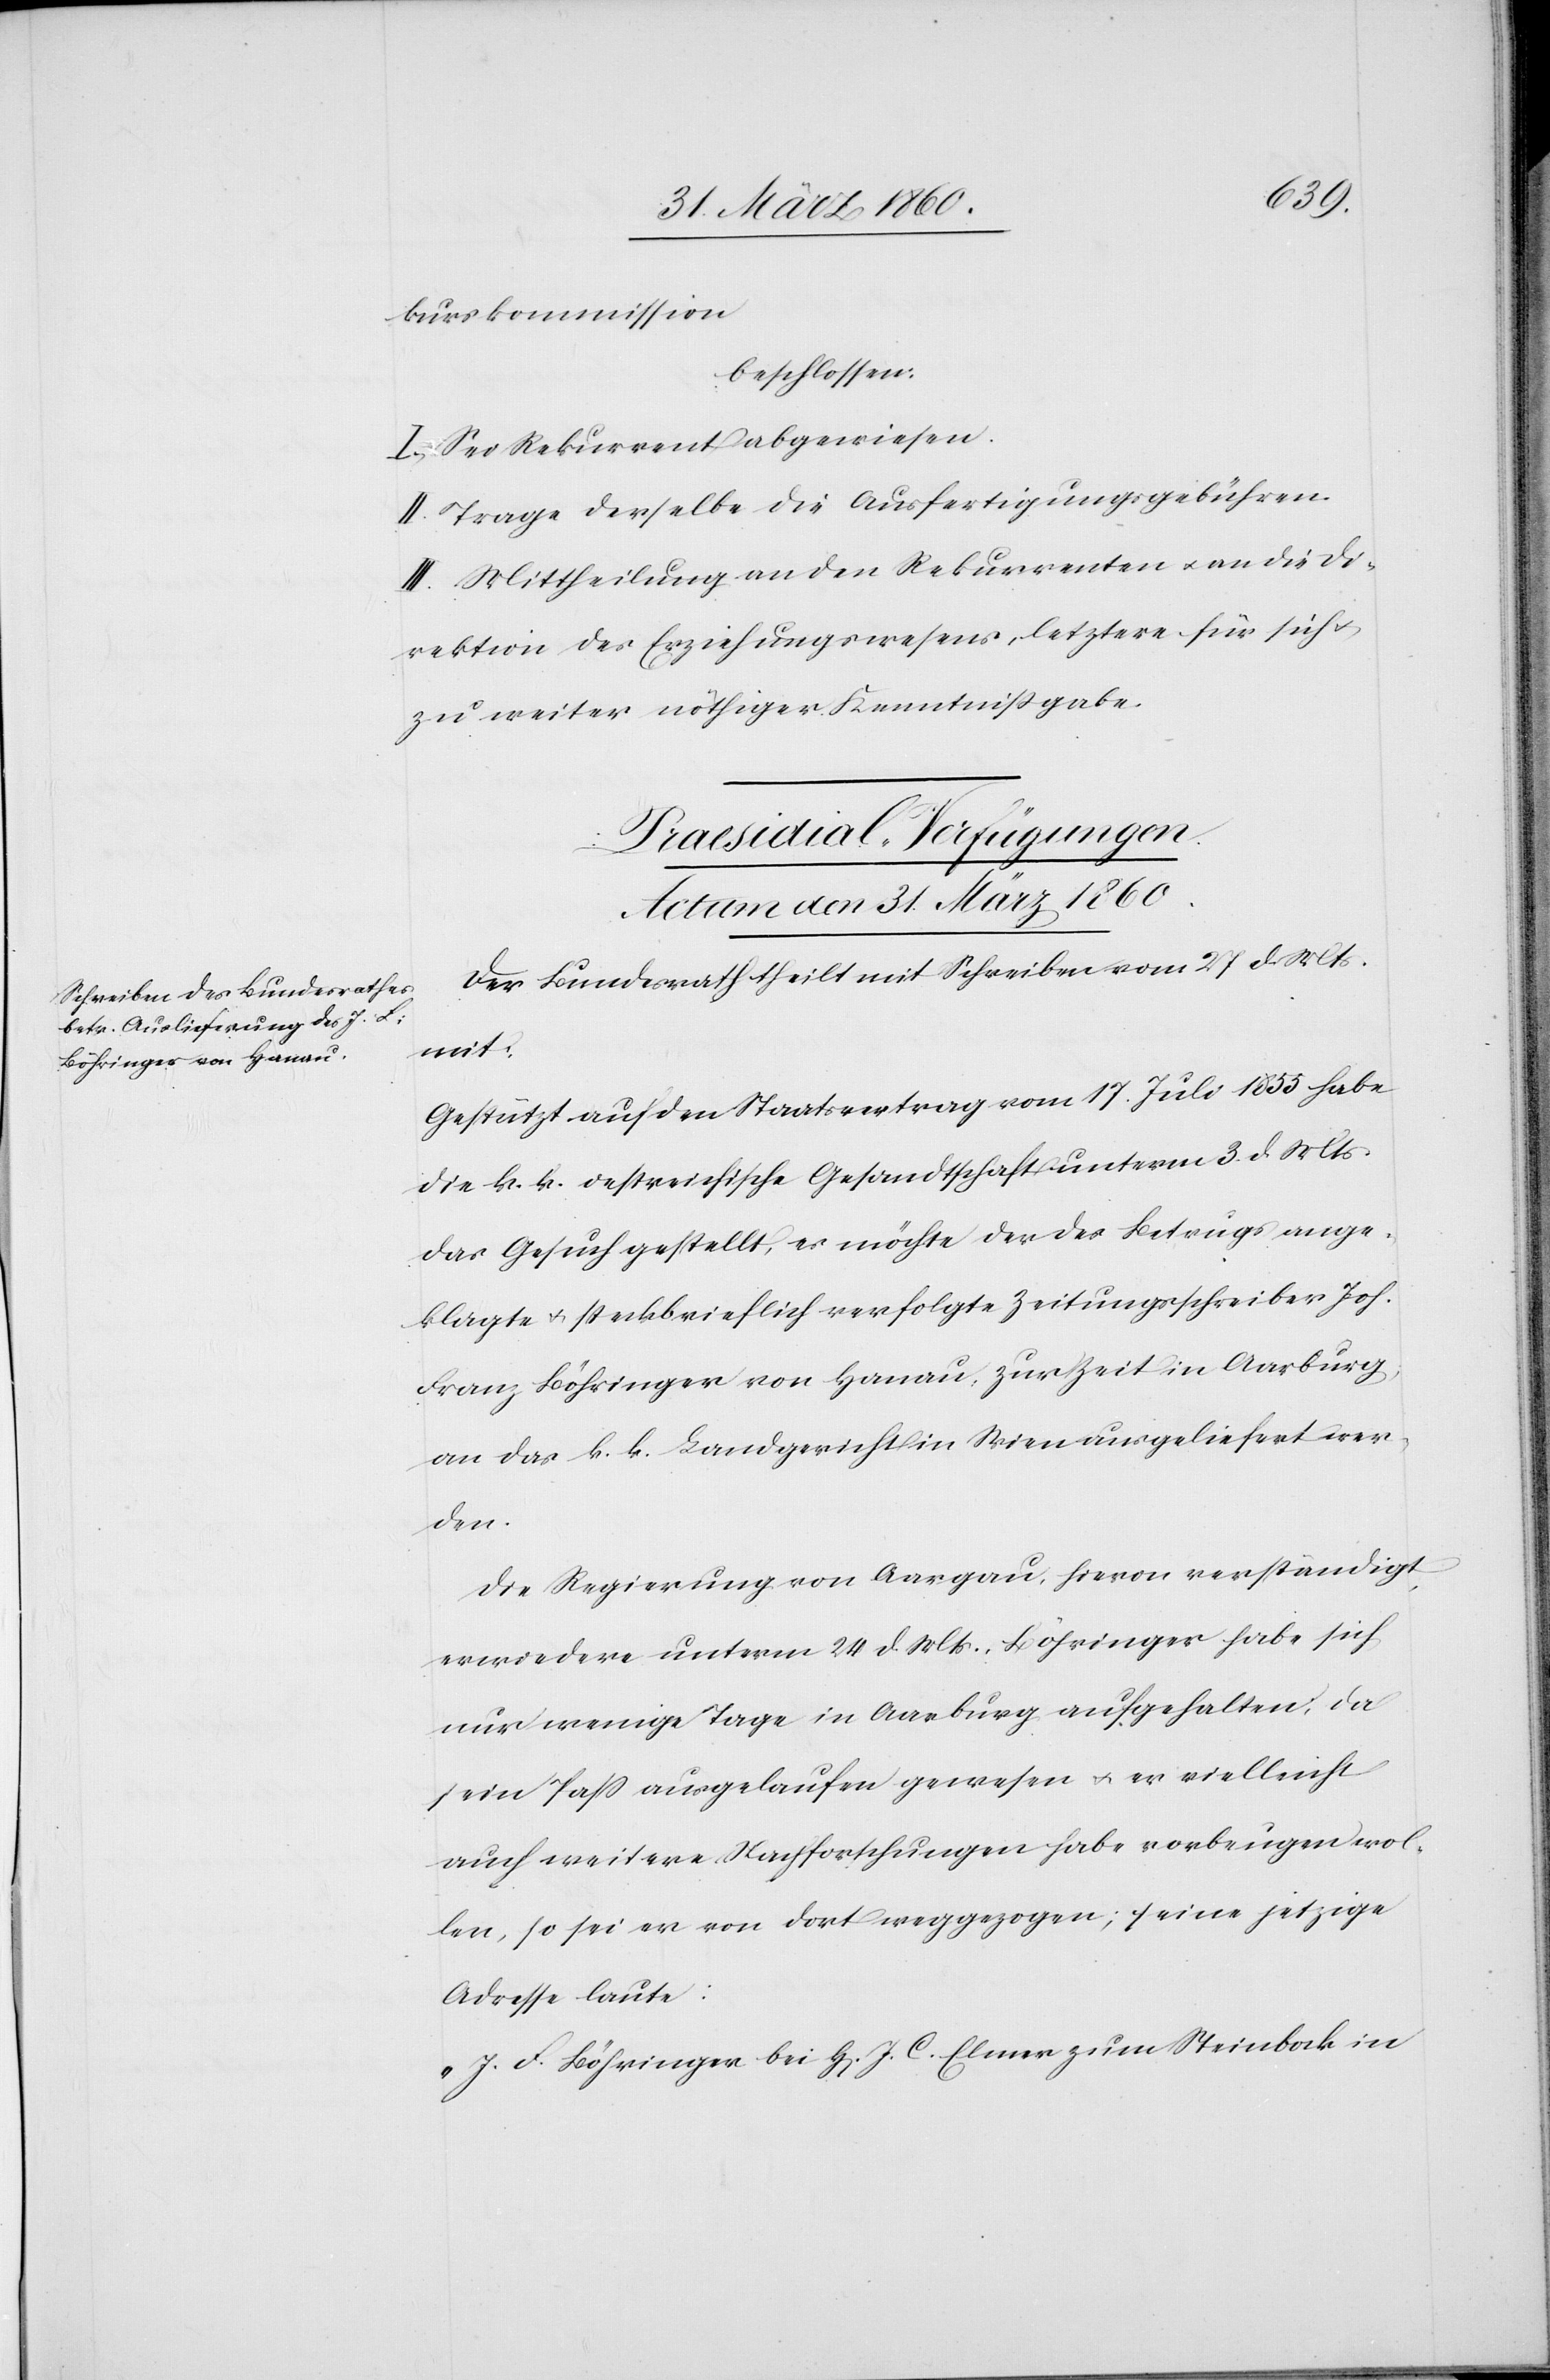
kurskommission
beschlossen:
I. Sei Rekurrent abgewiesen.
II. Trage derselbe die Ausfertigungsgebühren.
III. Mittheilung an den Rekurrenten u. an die Di¬
rektion des Erziehungswesens, letztere für sich u.
zu weiter nöthiger Kenntnißgabe.
Praesidial-Verfügungen.
Actum den 31. März 1860.
Der Bundesrath theilt mit Schreiben vom 27. d. Mts.
mit:
Gestützt auf den Staatsvertrag vom 17. Juli 1855 habe
die k. k. oestreichische Gesandtschaft unterm 3. d. Mts.
das Gesuch gestellt, es möchte der des Betrugs ange¬
klagte u. steckbrieflich verfolgte Zeitungsschreiber Joh.
Franz Böhringer von Hanau, zur Zeit in Aarburg,
an das k. k. Landgericht in Wien ausgeliefert wer¬
den.
Die Regierung von Aargau, hievon verständigt,
erwiedere unterm 24. d. Mts. Böhringer habe sich
nur wenige Tage in Aarburg aufgehalten, da
sein Pass ausgelaufen gewesen u. er vielleicht
auch weitere Nachforschungen habe vorbeugen wol¬
len, so sei er von dort weggezogen; seine jetzige
Adresse laute:
„J. F. Böhringer bei H[errn] J. C. Elmer zum Steinbock in